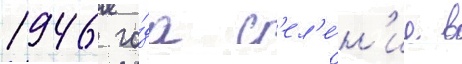
1946 го́да с'ел'е́н'ие в